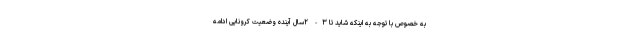
به خصوص با توجه به اینکه شاید تا ۳- ۲سال آینده وضعیت کرونایی ادامه